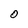
Character: O